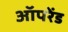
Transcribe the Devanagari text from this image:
ऑपरेंड